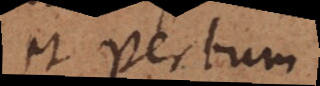
et Verbum,